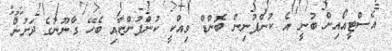
އެސްޓީއޯއިން ބުނީ އެ ކުންފުނިން ބޮންޑް ވިއްކީ ކުންފުންޏާއި ބެހޭ ގާނޫނުގެ ދަށުން